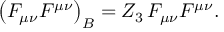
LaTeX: \left( F _ { \mu \nu } F ^ { \mu \nu } \right) _ { B } = Z _ { 3 } \, F _ { \mu \nu } F ^ { \mu \nu } .